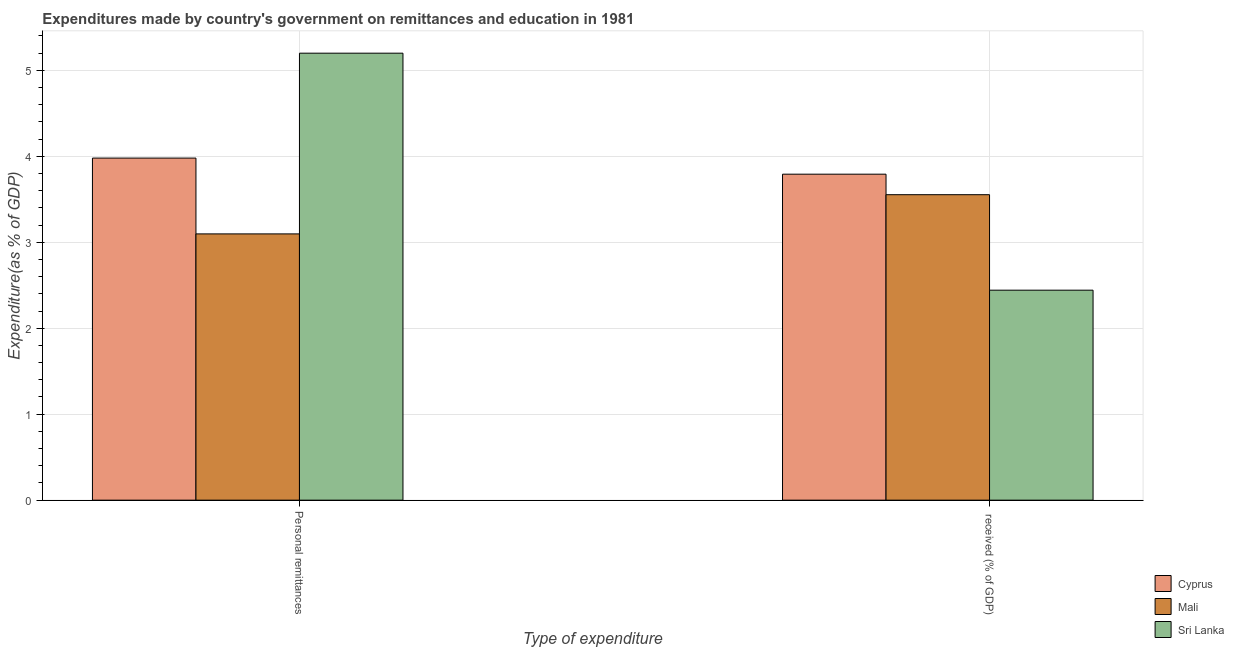
| Type of expenditure | Cyprus | Mali | Sri Lanka |
 | --- | --- | --- | --- |
 | Personal remittances | 3.98 | 3.1 | 5.2 |
 |  received (% of GDP) | 3.79 | 3.55 | 2.44 |